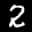
Label: 2